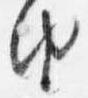
由